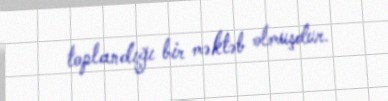
toplandığı bir məktəb olmuşdur.